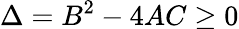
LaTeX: \Delta=B^{2}-4AC\ge 0